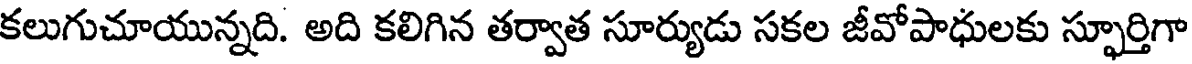
కలుగుచూయున్నది. అది కలిగిన తర్వాత సూర్యుడు సకల జీవోపాధులకు స్ఫూర్తిగా